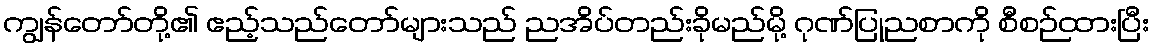
ကျွန်တော်တို့၏ ဧည့်သည်တော်များသည် ညအိပ်တည်းခိုမည်မို့ ဂုဏ်ပြုညစာကို စီစဉ်ထားပြီး